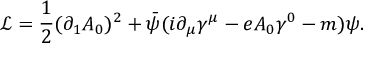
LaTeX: \mathcal { L } = \frac { 1 } { 2 } ( \partial _ { 1 } A _ { 0 } ) ^ { 2 } + \bar { \psi } ( i \partial _ { \mu } \gamma ^ { \mu } - e A _ { 0 } \gamma ^ { 0 } - m ) \psi .